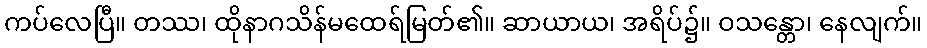
ကပ်လေပြီ။ တဿ၊ ထိုနာဂသိန်မထေရ်မြတ်၏။ ဆာယာယ၊ အရိပ်၌။ ဝသန္တော၊ နေလျက်။